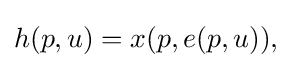
h(p,u)=x(p,e(p,u)),\